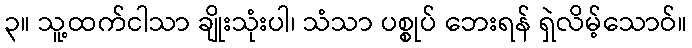
၃။ သူ့ထက်ငါသာ ချိုးသုံးပါ၊ သံသာ ပစ္စုပ် ဘေးရန် ရှဲလိမ့်သောဝ်။